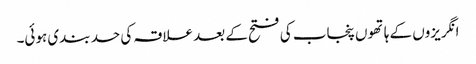
انگریزوں کے ہاتھوں پنجاب کی فتح کے بعد علاقہ کی حد بندی ہوئی۔